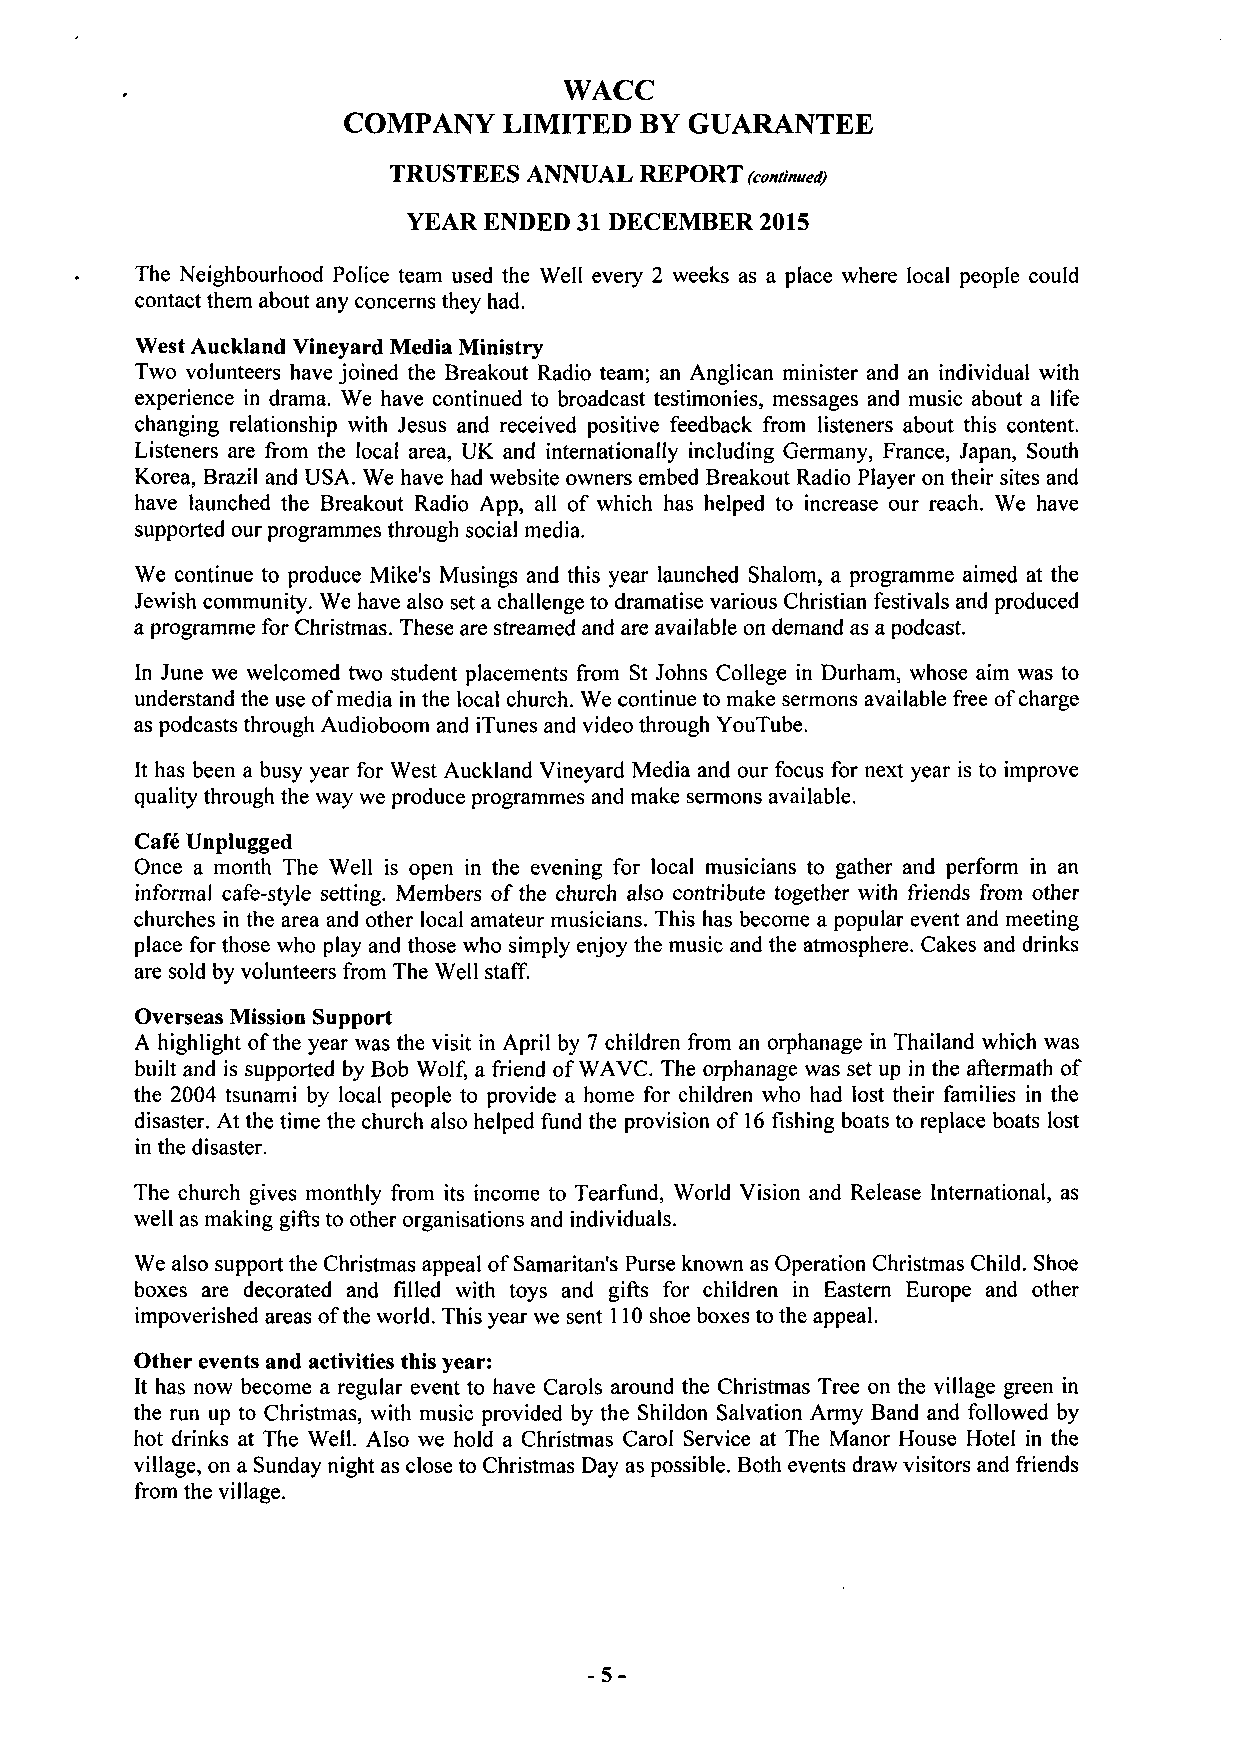
WACC
 COMPANY   LIMITED  BY GUARANTEE
 TRUSTEES ANNUAL REPORT (continued)
 YEAR ENDED 31 DECEMBER 2015
 The Neighbourhood Police team used the Well every 2 weeks as a place where local people could
 contact them about any concerns they had.
 West Auckland Vineyard Media Ministry
 Two volunteers have joined the Breakout Radio team; an Anglican minister and an individual with
 experience in drama. We have continued to broadcast testimonies, messages and music about a life
 changing relationship with Jesus and received positive feedback from listeners about this content.
 Listeners are from the local area, UK and internationally including Germany, France, Japan, South
 Korea, Brazil and USA. We have had website owners embed Breakout Radio Player on their sites and
 have launched the Breakout Radio App, all of which has helped to increase our reach. We have
 supported our programmes through social media.
 We continue to produce Mike's Musings and this year launched Shalom, a programme aimed at the
 Jewish community. We have also set a challenge to dramatise various Christian festivals and produced
 a programme for Christmas. These are streamed and are available on demand as a podcast.
 In June we welcomed two student placements from St Johns College in Durham, whose aim was to
 understand the use of media in the local church. We continue to make sermons available free of charge
 as podcasts through Audioboom and iTunes and video through YouTube.
 It has been a busy year for West Auckland Vineyard Media and our focus for next year is to improve
 quality through the way we produce programmes and make sermons available.
 Cafe Unplugged
 Once a month The Well is open in the evening for local musicians to gather and perform in an
 informal cafe-style setting. Members of the church also contribute together with friends from other
 churches in the area and other local amateur musicians. This has become a popular event and meeting
 place for those who play and those who simply enjoy the music and the atmosphere. Cakes and drinks
 are sold by volunteers from The Well staff.
 Overseas Mission Support
 A highlight of the year was the visit in April by 7 children from an orphanage in Thailand which was
 built and is supported by Bob Wolf, a friend of WAVC. The orphanage was set up in the aftermath of
 the 2004 tsunami by local people to provide a home for children who had lost their families in the
 disaster. At the time the church also helped fund the provision of 16 fishing boats to replace boats lost
 in the disaster.
 The church gives monthly from its income to Tearfund, World Vision and Release International, as
 well as making gifts to other organisations and individuals.
 We also support the Christmas appeal of Samaritan's Purse known as Operation Christmas Child. Shoe
 boxes are decorated and filled with toys and gifts for children in Eastern Europe and other
 impoverished areas of the world. This year we sent 110 shoe boxes to the appeal.
 Other events and activities this year:
 It has now become a regular event to have Carols around the Christmas Tree on the village green in
 the run up to Christmas, with music provided by the Shildon Salvation Army Band and followed by
 hot drinks at The Well. Also we hold a Christmas Carol Service at The Manor House Hotel in the
 village, on a Sunday night as close to Christmas Day as possible. Both events draw visitors and friends
 from the village.
 -5-